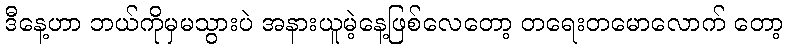
ဒီနေ့ဟာ ဘယ်ကိုမှမသွားပဲ အနားယူမဲ့နေ့ဖြစ်လေတော့ တရေးတမောလောက် တော့